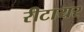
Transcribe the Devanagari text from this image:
रीटायर